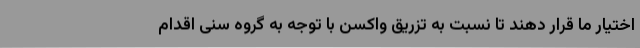
اختیار ما قرار دهند تا نسبت به تزریق واکسن با توجه به گروه سنی اقدام